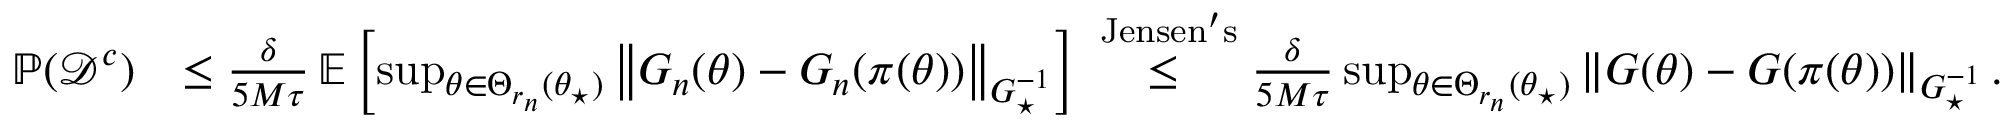
\begin{array} { r l } { \operatorname { \mathbb P } ( \mathcal { D } ^ { c } ) } & { \le \frac { \delta } { 5 M \tau } \operatorname { \mathbb E } \left[ \operatorname* { s u p } _ { \theta \in \Theta _ { r _ { n } } ( \theta _ { \star } ) } \left\lVert G _ { n } ( \theta ) - G _ { n } ( \pi ( \theta ) ) \right\rVert _ { G _ { \star } ^ { - 1 } } \right] \overset { \mathrm { \scriptsize ~ J e n s e n ' s } } { \le } \frac { \delta } { 5 M \tau } \operatorname* { s u p } _ { \theta \in \Theta _ { r _ { n } } ( \theta _ { \star } ) } \left\lVert G ( \theta ) - G ( \pi ( \theta ) ) \right\rVert _ { G _ { \star } ^ { - 1 } } . } \end{array}